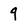
Character: 9